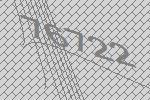
76722